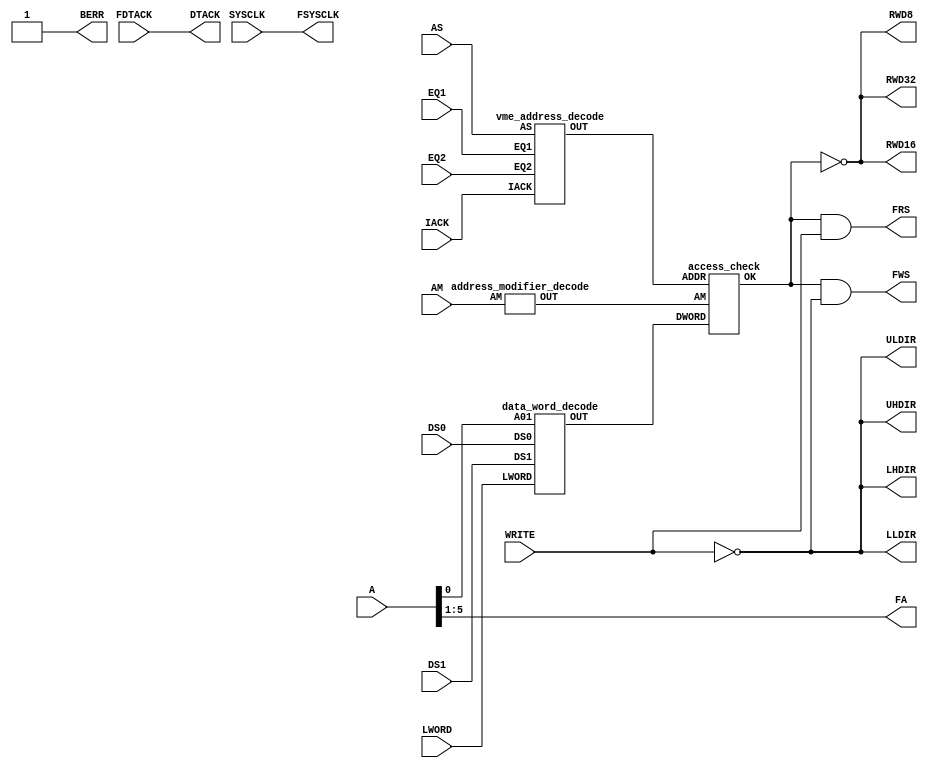
`timescale 1ns / 1ps
//////////////////////////////////////////////////////////////////////////////////
// Company: 
// 
// Design Name: 
// Module Name:    top 
// Project Name:   cpld
// Target Devices: XC95288XL-7TQ144
// Tool versions:  Xilinx ISE WebPACK 14.7
// Description: 
//
// Dependencies: 
//
// Revision: 
// Revision 0.01 - File Created
//          1.00 - First release (K.Hosomi)
//          1.01 - 16 VME registers are added. (K.Hosomi)
//          1.02 - Remove Front panel reset switch from CPLD to FPGA (K.Hosomi)
//          1.03 - 20140930 - Change timing of VME Strobe (K.Hosomi)
//          2.00 - 20160328 - Asynchronous circuit for low latency (K.Hosomi)
// Additional Comments: 
//
//////////////////////////////////////////////////////////////////////////////////
module top(
    SYSCLK,
	 WRITE,DS0,DS1,AS,IACK,LWORD,AM,A,BERR,DTACK,
	 EQ1,EQ2,RWD8,RWD16,RWD32,UHDIR,ULDIR,LHDIR,LLDIR,
	 FDTACK,FSYSCLK,FWS,FRS,FA
    );
    
//================================================================================
//      Define I/O signals	 
//================================================================================
	 
	 //SYSTEM
	 input SYSCLK;                         //Internal clock (on-board, 32MHz)
	 output RWD8, RWD16, RWD32;            //Enable for data bus transceiver 
	 output UHDIR, ULDIR, LHDIR, LLDIR;    //Direction for data bus trasceiver
	 
	 //CPLD <-> VME
	 input WRITE;			       //VME Write
	 input DS0, DS1;		       //VME Data strobe
	 input AS;			       //VME Address strobe
	 input IACK;			       //VME IACK
	 input LWORD;			       //VME LWORD
	 input [5:0] AM;		       //VME AM code
	 input [15:1] A;		       //VME Address
	 input EQ1, EQ2;		       //Board Address (on-board dip switch)
	 output BERR;                          //VME BERR
	 output DTACK;                         //VME DTACK

         //CPLD <-> FPGA
	 input FDTACK;                         //DTACK from FPGA
	 output FSYSCLK;                       //SYSCLK going to FPGA
	 output FWS, FRS;                      //Write or Read strobe going to FPGA
	 output [4:0] FA;                      //Address going to FPGA
	 

//================================================================================
//   VME Access
//
//   <Allowed AM code>
//   AM = 09 : Extended Nonpriviledged Data Access
//   AM = 0A : Extended Nonpriviledged Program Access
//   AM = 0D : Extended Supervisory Data Access
//   AM = 0E : Extended Supervisory Program Access
//
//   <Allowed Access Mode>
//   A32/D32 only 
//
//   <Register Address Space>
//   4 x 32 = 128(0x80) Byte
//
//   VME address   FA[4:0]
//   -----------------------
//   Base + 0x00         0 
//        + 0x04         1
//        + 0x08         2
//           :           :
//        + 0x7C        31
//      
//   <Comment>
//   VME bus error is not implemented.
//   Irregular access may result in VME bus timeout.
//================================================================================

	//VME Address
	wire adrdec;
	vme_address_decode vme_address_decode(AS, IACK, EQ1, EQ2, adrdec);
	
	//Address Modifier
	wire amdec;
	address_modifier_decode address_modifier_decode(AM, amdec); 
	
	//Data Word
	wire d32;
	data_word_decode data_word_decode(LWORD, A[1], DS0, DS1, d32);
	
	//Access Check
	wire enable;
	access_check access_check(adrdec, amdec, d32, enable);
 
	//VME bus error
	assign BERR = 1'b1;
	
	//Strobe
	wire read_str;
	assign read_str = ((enable==1'b1) && (WRITE==1'b1));
	
	wire write_str;
	assign write_str = ((enable==1'b1) && (WRITE==1'b0));
	
	//Tranciever Enable & Direction
	assign RWD8  = ~enable;
	assign RWD16 = ~enable;
	assign RWD32 = ~enable;
	
	assign UHDIR = ~WRITE;
	assign ULDIR = ~WRITE;
	assign LHDIR = ~WRITE;
	assign LLDIR = ~WRITE;
		
//================================================================================
//   Signal assignement CPLD <-> FPGA
//================================================================================	
	assign FSYSCLK = SYSCLK;	
	assign DTACK = FDTACK;
        assign FRS = read_str;
	assign FWS = write_str;
	assign FA = A[6:2];
	
endmodule

module vme_address_decode(AS, IACK, EQ1, EQ2, OUT);
	input AS, IACK, EQ1, EQ2;
	output OUT;
	assign OUT = ((AS==1'b0) && (IACK==1'b1) && (EQ1==1'b0) && (EQ2==1'b0)); 
endmodule

module address_modifier_decode(AM, OUT);
	input [5:0] AM;
	output OUT;
	assign OUT = ((AM==6'h09) || (AM==6'h0A) || (AM==6'h0D) || (AM==6'h0E));
endmodule

module data_word_decode(LWORD, A01, DS0, DS1, OUT);
	input LWORD, A01, DS0, DS1;
	output OUT;
	assign OUT = ((LWORD==1'b0) && (A01==1'b0) && (DS0==1'b0) && (DS1==1'b0));
endmodule

module access_check(ADDR, AM, DWORD, OK);
	input ADDR, AM, DWORD;
	output OK;
	assign OK = ((ADDR==1'b1) && (AM==1'b1) && (DWORD==1'b1));
endmodule